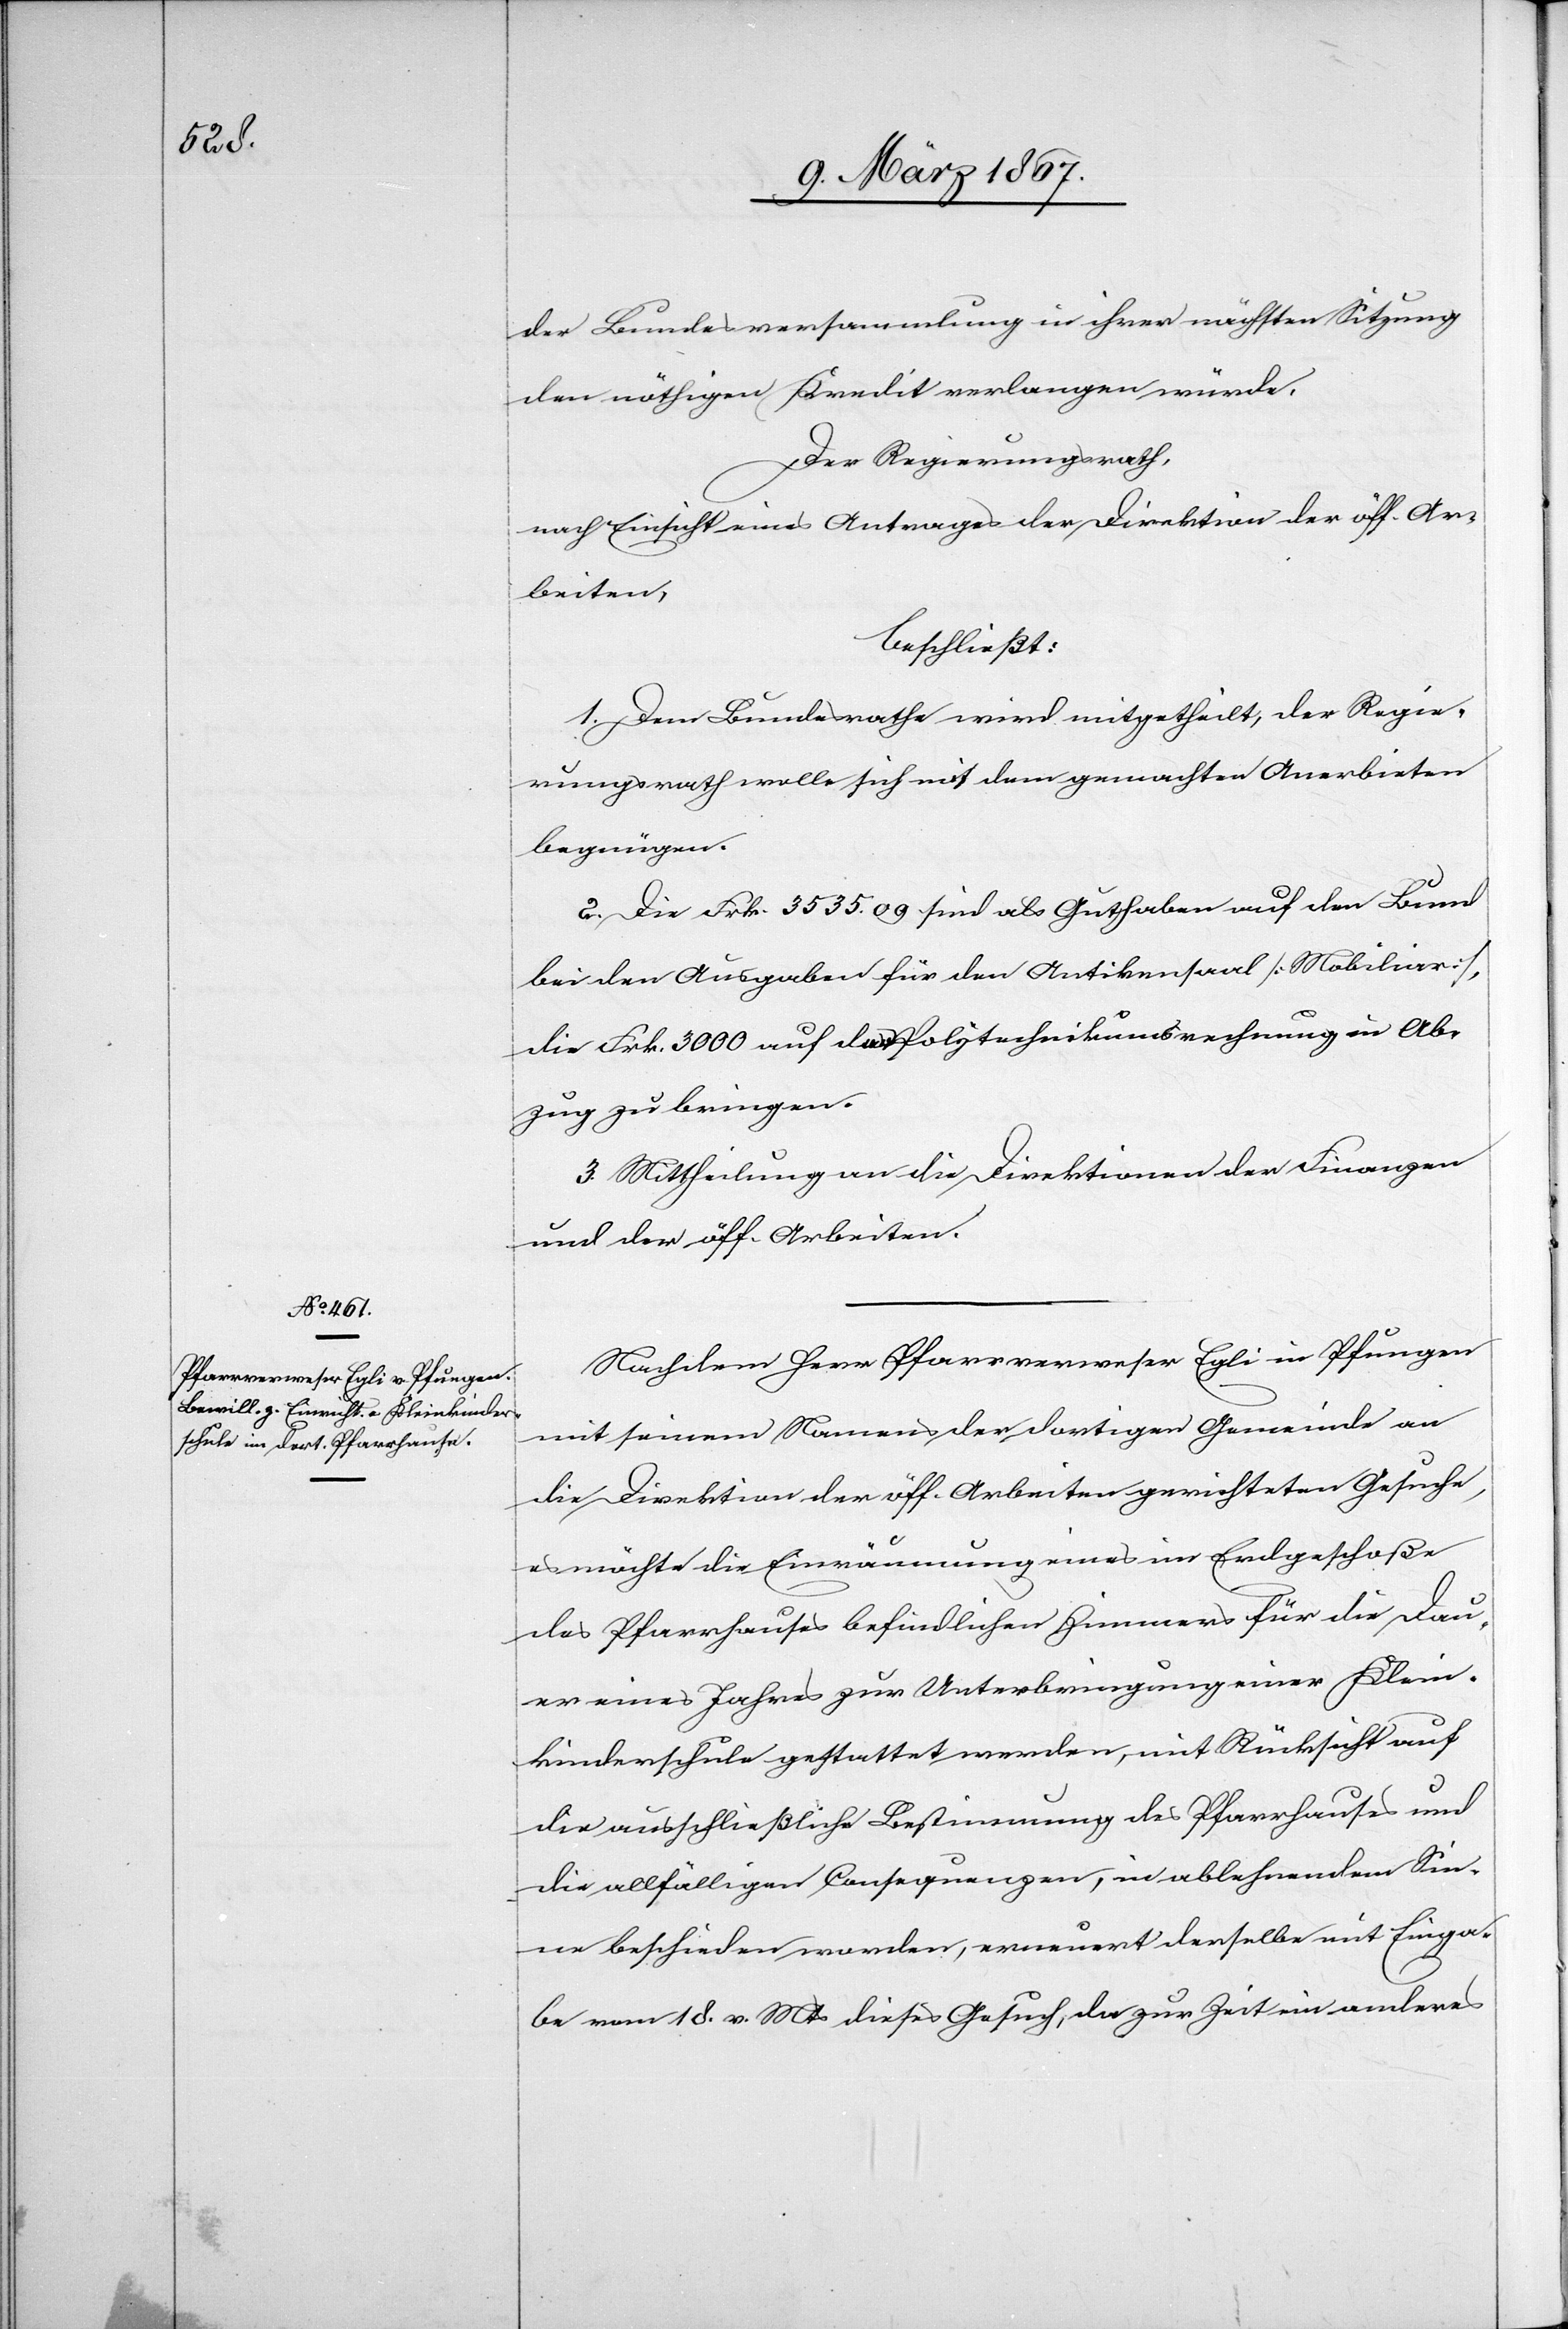
der Bundesversammlung in ihrer nächsten Sitzung
den nöthigen Kredit verlangen würde.
Der Regierungsrath,
nach Einsicht eines Antrages der Direktion der öff. Ar¬
beiten,
beschließt:
1. Dem Bundesrathe wird mitgetheilt, der Regie¬
rungsrath wolle sich mit dem gemachten Anerbieten
begnügen.
2. Die Frk. 3535.09 sind als Guthaben auf den Bund
bei den Ausgaben für den Antikensaal [Mobiliar]
die Frk. 3000 auf der Polytechnikumsrechnung in Ab¬
zug zu bringen.
3. Mittheilung an die Direktionen der Finanzen
und der öff. Arbeiten.
Nachdem Herr Pfarrverweser Egli in Pfungen
mit seinem Namens der dortigen Gemeinde an
die Direktion der öff. Arbeiten gerichteten Gesuche,
es möchte die Einräumung eines im Erdgeschoße
des Pfarrhauses befindlichen Zimmers für die Dau¬
er eines Jahres zur Unterbringung einer Klein¬
kinderschule gestattet werden, mit Rücksicht auf
die ausschließliche Bestimmung des Pfarrhauses und
die allfälligen Consequenzen, in ablehnendem Sin¬
ne beschieden worden, erneuert derselbe mit Einga¬
be vom 18. v. Mts dieses Gesuch, da zur Zeit ein anderes